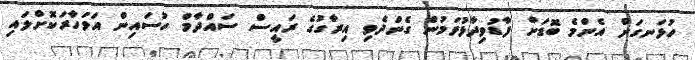
ހުޅަނގަށް އެންމެ ބޮޑަށް ފާޑުވިދާޅުވަމުން ގެންދެވި އިރާގުގެ ރައީސް ސައްދާމް ހުސައިން އަވަހާރަކޮށްލައި